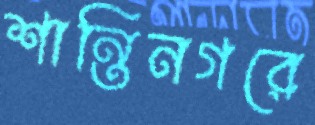
শান্তিনগরে